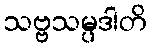
သဗ္ဗသမ္ပဒါတိ